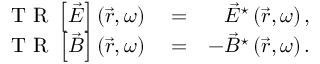
\begin{array} { r l r } { \mathrm { ~ T ~ R ~ } \left\lbrack \vec { E } \right\rbrack \left( \vec { r } , \omega \right) } & { { } = } & { \vec { E } ^ { \star } \left( \vec { r } , \omega \right) , } \\ { \mathrm { ~ T ~ R ~ } \left\lbrack \vec { B } \right\rbrack \left( \vec { r } , \omega \right) } & { { } = } & { - \vec { B } ^ { \star } \left( \vec { r } , \omega \right) . } \end{array}